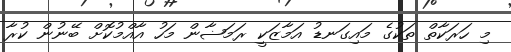
މި ހަރަކާތް ތަކުގެ މައިގަނޑު އަމާޒަކީ ރަމަޟާން މަހު އާއްމުކޮށް ބޭނުން ކުރާ